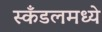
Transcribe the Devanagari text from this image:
स्कँडलमध्ये